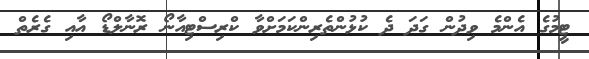
ޓީމުގެ އެންމެ ވިދުން ގަދަ ދެ ކުޅުންތެރިންކަމަށްވާ ކްރިސްޓިއާނޯ ރޮނާލްޑޯ އާއި ގެރެތް